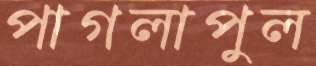
পাগলাপুল